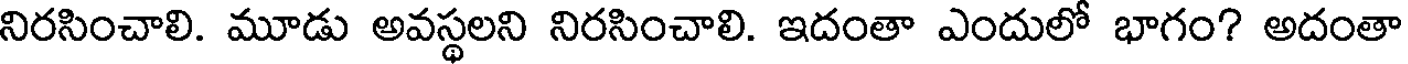
నిరసించాలి. మూడు అవస్థలని నిరసించాలి. ఇదంతా ఎందులో భాగం? అదంతా